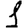
Digit: 1